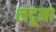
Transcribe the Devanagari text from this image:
लदूना